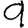
Digit: 9